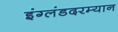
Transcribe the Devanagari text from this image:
इंग्लंडदरम्यान